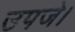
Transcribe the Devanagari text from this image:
उपजे।